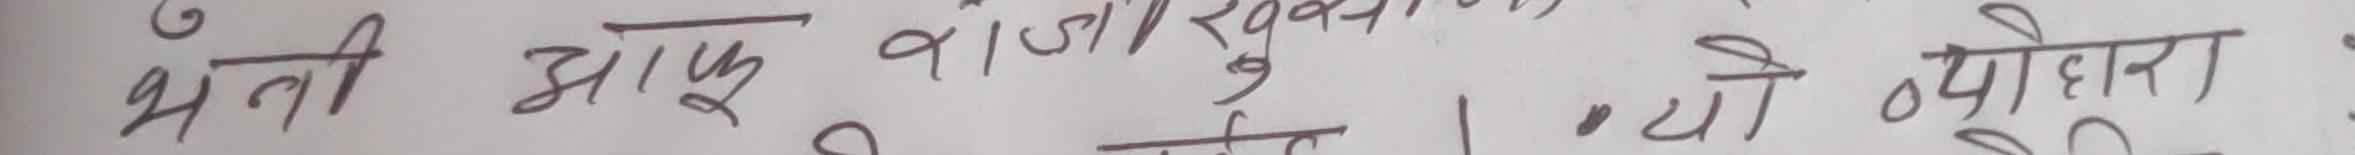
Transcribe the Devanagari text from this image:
भेती आफू व जो खुवाउन। यो योहेरा हो ।